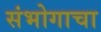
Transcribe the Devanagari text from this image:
संभोगाचा